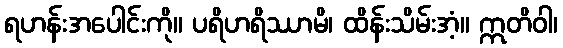
ရဟန်းအပေါင်းကို။ ပရိဟရိဿာမိ၊ ထိန်းသိမ်းအံ့။ ဣတိဝါ၊